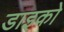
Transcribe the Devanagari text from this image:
डाइको